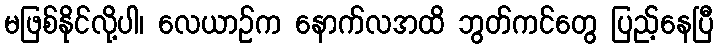
မဖြစ်နိုင်လို့ပါ၊ လေယာဉ်က နောက်လအထိ ဘွတ်ကင်တွေ ပြည့်နေပြီ